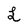
Character: L